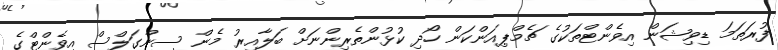
ފުރަތަމަ ޑިވިޝަން އިވެންޓްތަކުގެ ޗެމްޕިއަންކަން ހޯދި ކުޅުންތެރިންނަށް ބަލާއިރު މެން ސިންގަލްސް އިވެންޓްގެ